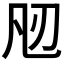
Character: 𭂮